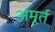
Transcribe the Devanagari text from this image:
अंमूर्त